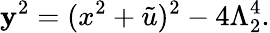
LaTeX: \mathbf{y}^{2}=(x^{2}+\tilde{{u}})^{2}-4\Lambda_{2}^{4}.